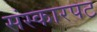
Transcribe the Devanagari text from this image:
संस्कारपट